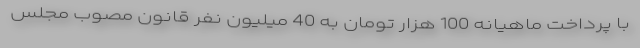
با پرداخت ماهیانه 100 هزار تومان به 40 میلیون نفر قانون مصوب مجلس